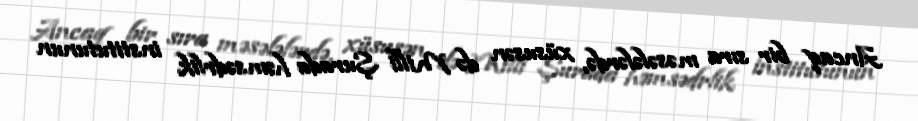
Ancaq bir sıra məsələlərdə, xüsusən də Milli Şurada həmsədrlik institutunun